On the importance of larval characters in the classification of mosquitoes - Number 25
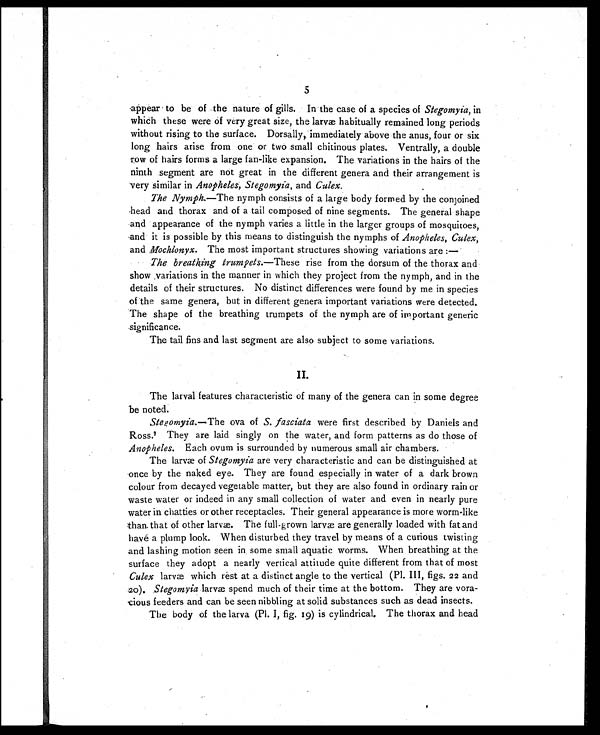
5
appear to be of the nature of gills. In the case of a species of Stegomyia, in
which these were of very great size, the larvæ habitually remained long periods
without rising to the surface. Dorsally, immediately above the anus, four or six
long hairs arise from one or two small chitinous plates. Ventrally, a double
row of hairs forms a large fan-like expansion. The variations in the hairs of the
ninth segment are not great in the different genera and their arrangement is
very similar in Anopheles, Stegomyia, and Culex.
The Nymph. —The nymph consists of a large body formed by the conjoined
head and thorax and of a tail composed of nine segments. The general shape
and appearance of the nymph varies a little in the larger groups of mosquitoes,
and it is possible by this means to distinguish the nymphs of Anopheles, Culex,
and Mochlonyx. The most important structures showing variations are:
—
The breathing trumpets. —These rise from the dorsum of the thorax and
show variations in the manner in which they project from the nymph, and in the
details of their structures. No distinct differences were found by me in species
of the same genera, but in different genera important variations were detected.
The shape of the breathing trumpets of the nymph are of important generic
significance.
The tail fins and last segment are also subject to some variations.
II.
The larval features characteristic of many of the genera can in some degree
be noted.
Stegomyia.— T h e o v a o f
S . f a s c i a t a
w e r e f i r s t d e s c r i b e d b y D a n i e l s a n d
Ross.7 T h e y a r e l a i d s i n g l y o n t h e w a t e r , a n d f o r m p a t t e r n s a s d o t h o s e o f
Anopheles. Each ovum is surrounded by numerous small air chambers.
The larvæ of Stegomyia are very characteristic and can be distinguished at
once by the naked eye. They are found especially in water of a dark brown
colour from decayed vegetable matter, but they are also found in ordinary rain or
waste water or indeed in any small collection of water and even in nearly pure
water in chatties or other receptacles. Their general appearance is more worm-like
than that of other larvæ. The full-grown larvæ are generally loaded with fat and
havé a plump look. When disturbed they travel by means of a curious twisting
and lashing motion seen in some small aquatic worms. When breathing at the
surface they adopt a nearly vertical attitude quite different from that of most
Culex l a r v æ w h i c h r e s t a t a d i s t i n c t a n g l e t o t h e v e r t i c a l ( P l . I I I , f i g s . 2 2 a n d
20). Stegomyia larvæ spend much of their time at the bottom. They are vora-
cious feeders and can be seen nibbling at solid substances such as dead insects.
The body of the larva (Pl. I, fig. 19) is cylindrical. The thorax and head